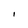
Character: I